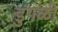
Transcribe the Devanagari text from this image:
डुंगळी